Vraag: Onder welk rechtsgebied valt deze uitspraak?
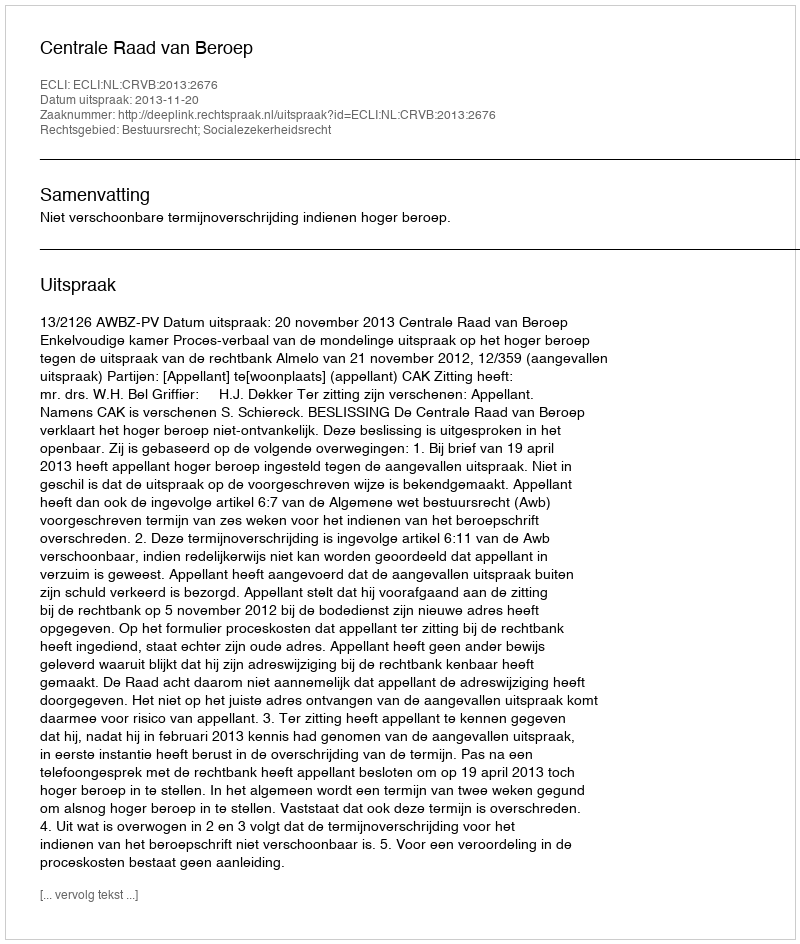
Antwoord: Bestuursrecht; Socialezekerheidsrecht